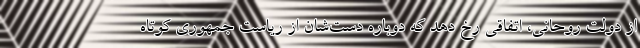
از دولت روحانی، اتفاقی رخ دهد که دوباره دست‌شان از ریاست جمهوری کوتاه